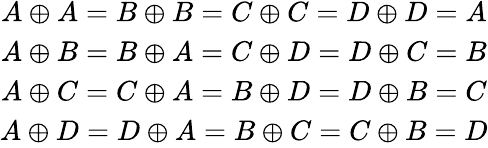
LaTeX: \begin{array}{c}{A\oplus A=B\oplus B=C\oplus C=D\oplus D=A}\\ {A\oplus B=B\oplus A=C\oplus D=D\oplus C=B}\\ {A\oplus C=C\oplus A=B\oplus D=D\oplus B=C}\\ {A\oplus D=D\oplus A=B\oplus C=C\oplus B=D}\end{array}